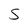
Character: S